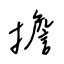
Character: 擔